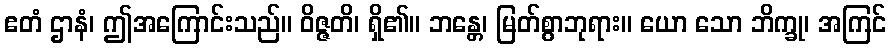
ဧတံ ဌာနံ၊ ဤအကြောင်းသည်။ ဝိဇ္ဇတိ၊ ရှိ၏။ ဘန္တေ၊ မြတ်စွာဘုရား။ ယော သော ဘိက္ခု၊ အကြင်